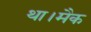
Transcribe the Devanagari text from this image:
था।मैक